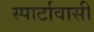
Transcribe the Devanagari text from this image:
स्पार्टावासी